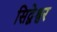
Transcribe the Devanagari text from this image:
सिद्वेश्वर